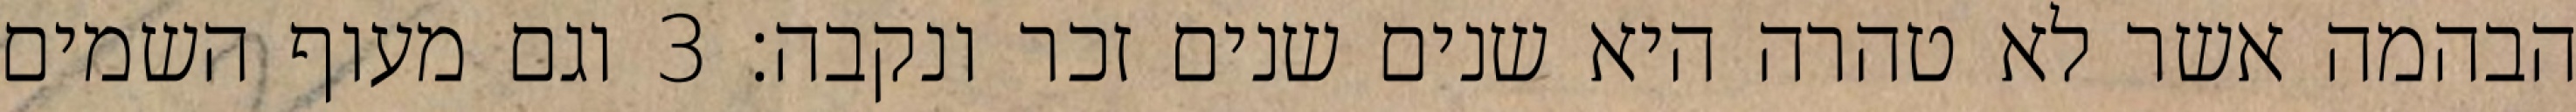
הבהמה אשר לא טהרה היא שנים שנים זכר ונקבה׃ ‎3‏ וגם מעוף השמים